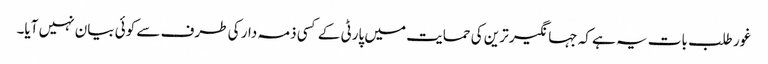
غور طلب بات یہ ہے کہ جہانگیر ترین کی حمایت میں پارٹی کے کسی ذمہ دار کی طرف سے کوئی بیان نہیں آیا۔